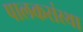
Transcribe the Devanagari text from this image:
पालकसंस्था